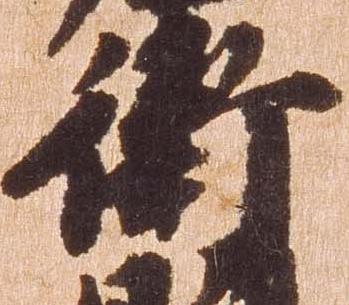
衛